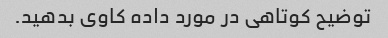
توضیح کوتاهی در مورد داده کاوی بدهید.